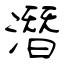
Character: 潛